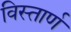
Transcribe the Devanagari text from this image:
विस्तार्ण